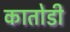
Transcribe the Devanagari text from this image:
कातोडी